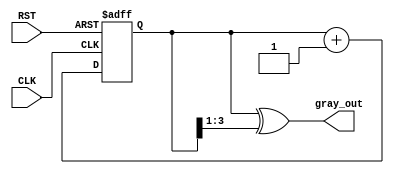
module gray_code_async_counter #(
    parameter N = 4  // Number of bits for the counter
)(
    input wire CLK,   // Clock signal
    input wire RST,   // Asynchronous reset signal
    output reg [N-1:0] gray_out // Output in Gray code format
);

    // Internal binary counter
    reg [N-1:0] binary_count;

    // Convert binary to Gray code
    function [N-1:0] binary_to_gray;
        input [N-1:0] binary;
        begin
            binary_to_gray = binary ^ (binary >> 1);
        end
    endfunction

    // Asynchronous reset and counter logic
    always @(posedge CLK or posedge RST) begin
        if (RST) begin
            binary_count <= 0; // Reset binary count to 0
        end else begin
            binary_count <= binary_count + 1; // Increment binary count
        end
    end

    // Update Gray code output
    always @(binary_count) begin
        gray_out <= binary_to_gray(binary_count); // Convert binary to Gray code
    end

endmodule